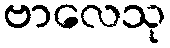
ဗာလေသု